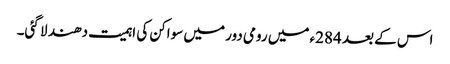
اس کے بعد 284ء میں رومی دور میں سواکن کی اہمیت دھند لا گئی۔